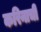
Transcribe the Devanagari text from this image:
करिनाची